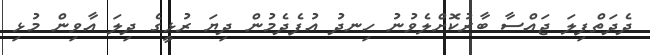
ދެދަތްފިލަ ޖައްސާ ބާރުކޮށްލެވުނު ހިނދު އުފެދެމުން ދިޔަ ރުޅީގެ ދިލަ އާވިން މުޅި